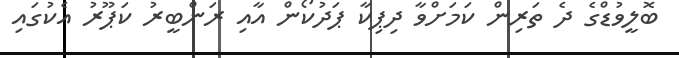
ބޮލީވުޑްގެ ދެ ތަރިން ކަމަށްވާ ދިޕިކާ ޕަދުކޯން އާއި ރަންބީރު ކަޕޫރު އެކުގައި